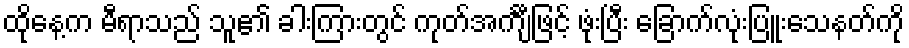
ထိုနေ့က မီရာသည် သူ၏ ခါးကြားတွင် ကုတ်အင်္ကျီဖြင့် ဖုံးပြီး ခြောက်လုံးပြူးသေနတ်ကို